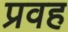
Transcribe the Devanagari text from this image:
प्रवह